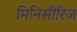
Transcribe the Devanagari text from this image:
मिनिसीरिज